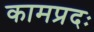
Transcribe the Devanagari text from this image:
कामप्रदः